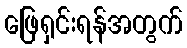
ဖြေရှင်းရန်အတွက်